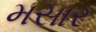
મસાર